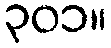
၃၀၁။